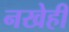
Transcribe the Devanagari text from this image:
नखेही